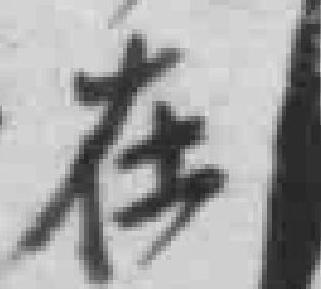
在